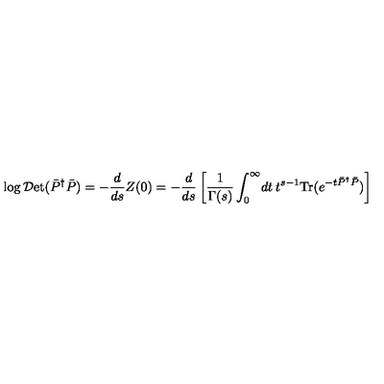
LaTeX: \log { \cal D } \mathrm { e t } ( \bar { P } ^ { \dag } \bar { P } ) = - \frac { d } { d s } Z ( 0 ) = - \frac { d } { d s } \left[ \frac { 1 } { \Gamma ( s ) } \int _ { 0 } ^ { \infty } \! d t \: t ^ { s - 1 } \mathrm { T r } ( e ^ { - t \bar { P } ^ { \dag } \bar { P } } ) \right]